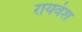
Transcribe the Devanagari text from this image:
रायवंश